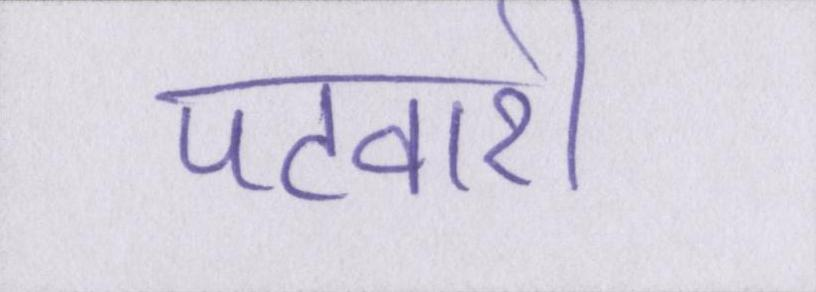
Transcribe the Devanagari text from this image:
पटवारी